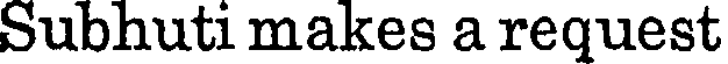
Subhuti makes a request